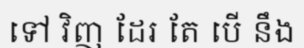
ទៅ វិញ ដែរ តែ បើ នឹង